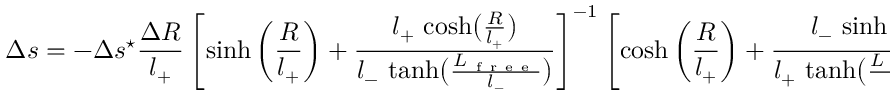
\Delta s = - \Delta s ^ { \star } \frac { \Delta R } { l _ { + } } \left[ \sinh \left( \frac { R } { l _ { + } } \right) + \frac { l _ { + } \, \cosh \bigl ( \frac { R } { l _ { + } } \bigr ) } { l _ { - } \, \operatorname { t a n h } \bigl ( \frac { L _ { \mathrm { ~ f ~ r ~ e ~ e ~ } } } { l _ { - } } \bigr ) } \right] ^ { - 1 } \left[ \cosh \left( \frac { R } { l _ { + } } \right) + \frac { l _ { - } \, \sinh \bigl ( \frac { R } { l _ { + } } \bigr ) } { l _ { + } \, \operatorname { t a n h } \bigl ( \frac { L _ { \mathrm { ~ f ~ r ~ e ~ e ~ } } } { l _ { - } } \bigr ) } \right] ^ { - 1 } \, ,